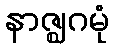
နာဇ္ဈဂမုံ